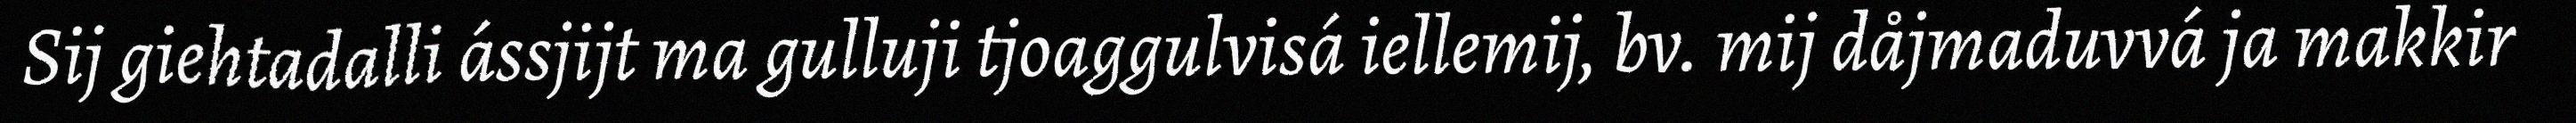
Sij giehtadalli ássjijt ma gulluji tjoaggulvisá iellemij, bv. mij dåjmaduvvá ja makkir